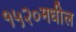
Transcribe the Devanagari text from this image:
१५२०मधील